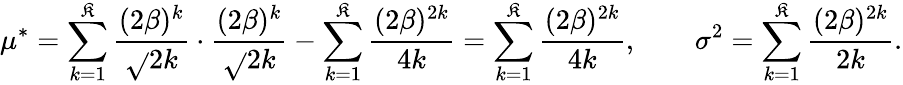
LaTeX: \mu^{\ast}=\sum_{k=1}^{\mathfrak{K}}\frac{{(2\beta)^{k}}}{{\sqrt{}{{2k}}}}\cdot\frac{{(2\beta)^{k}}}{{\sqrt{}{{2k}}}}-\sum_{k=1}^{\mathfrak{K}}\frac{{(2\beta)^{2k}}}{{4k}}=\sum_{k=1}^{\mathfrak{K}}\frac{{(2\beta)^{2k}}}{{4k}},\qquad\sigma^{2}=\sum_{k=1}^{\mathfrak{K}}\frac{{(2\beta)^{2k}}}{{2k}}.